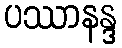
ပဿာနန္ဒ